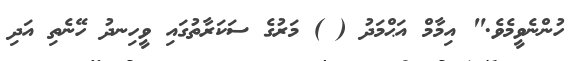
ހުންނެވީމެވެ." އިމާމް އަޙްމަދު ( ) މަރުގެ ސަކަރާތުގައި ވީހިނދު ހޭނެތި އަދި